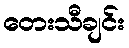
တေးသီချင်း